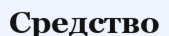
Средство